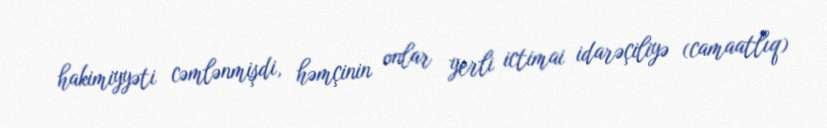
hakimiyyəti cəmlənmişdi, həmçinin onlar yerli ictimai idarəçiliyə (camaatlıq)